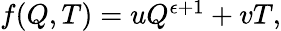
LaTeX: \begin{array}{r}{f(Q,T)=uQ^{\epsilon+1}+vT,}\end{array}